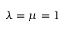
\lambda = \mu = 1